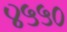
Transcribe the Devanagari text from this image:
४५५०